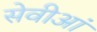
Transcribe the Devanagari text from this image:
सेवीआं